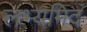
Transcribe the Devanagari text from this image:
लभ्यमिदं